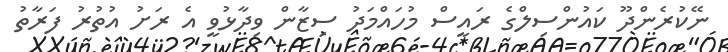
ނޭކުރެންދޫ ކައުންސިލްގެ ރައީސް މުހައްމަދު ސިޒާން ވިދާޅުވީ އެ ރަށު އުތުރު ފަރާތު